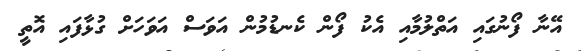
އޭނާ ފޯނުގައި އަތްލުމާއި އެކު ފޯން ކެނޑުމުން އަވަސް އަވަހަށް ގުޅާފައި އޮތީ